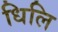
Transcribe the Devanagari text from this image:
धिलि